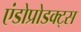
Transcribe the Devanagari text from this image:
एंडोप्रोडक्ट्स